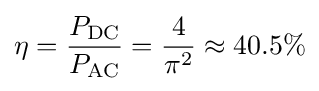
\eta ={P_{\mathrm {DC} } \over P_{\mathrm {AC} }}={4 \over \pi ^{2}}\approx 40.5\%